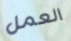
العمل